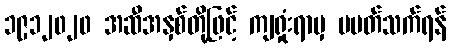
၁၉၁၂၀၂၀ အဆီအနှစ်တို့ဖြင့် ကျရှုံးရာမှ မပတ်သက်ရန်